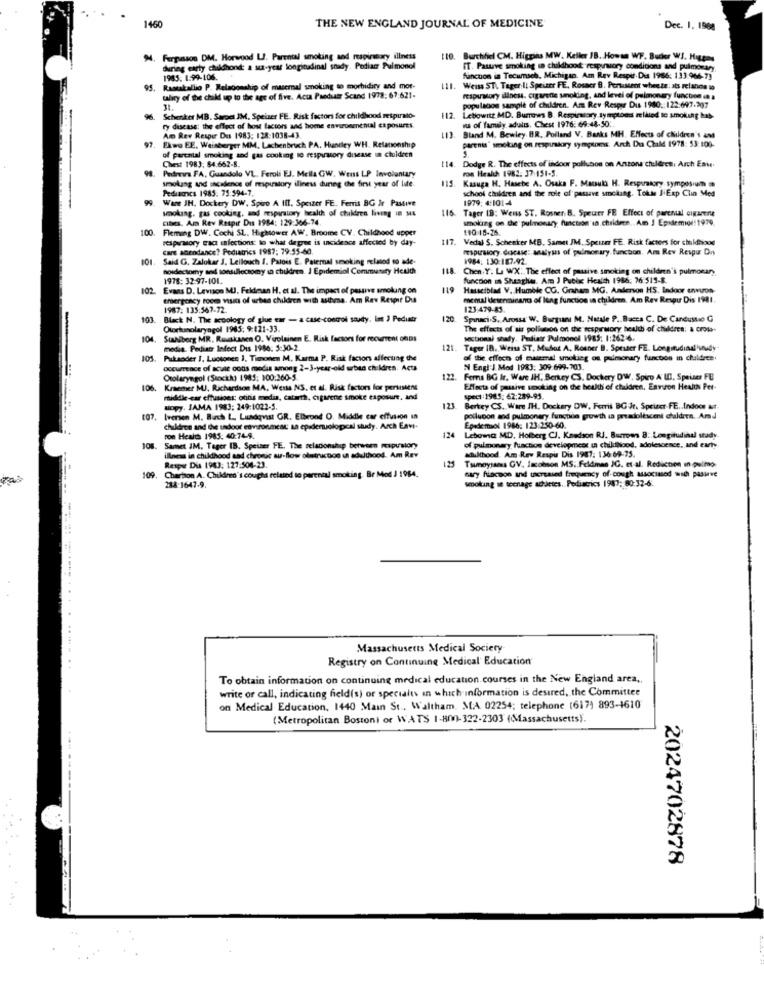
1460
THE NEW ENGLAND JOURNAL OF MEDICINE
Dec. 1. 1908
94. Ferpassos DM. Horwood LJ. Parental smoking and respiratory illness
110. Burchifiel CM. Higgins MW. Keller IB. Howsa WF. Bucher WJ. Hispas
during early childhood: a su-year longinalinal snady. Pediatr Pulmonol
IT. Pastve smoking in childhood responsory conditions and pulmonary
1985: 1.99-106.
funcuon in Tecumach, Michigan. Am Rev Respir. Dis 1986: 133:966-73
95.
Rastakallio P. Relacionship of masemal smoking to morbidiry and mor-
111.
Weiss ST. Tagerili Speiser FE, Rosacr B. Pertussent wheute: ats relanon io
talicy of the child up to the age of five. Acta Paedutr Scand 1978: 61:621-
rapıralory illness. cigarette smoking, and levei of pulmonary function en a
populacon sample of children. Am Rev Resper Dus 1980 .: 122:697.2007
Schenker MB. SarDel IM. Speizer FE. Risk factors for childhood respiralo-
112.
Lebowitz MD. Burrows B. Respiratory symptoms related to smoking has
na of family adults. Chest 1976: 69:48-501.
ry disease: the effect of how factors and home environmental exposures.
97.
Am Rev Respir Du 1983: 128:1038-43.
Bland M. Bewley. BR. Poiland V. Banks MH. Effects of children's and
parents' smoking on respumakory symptoms. Arch Du Chald 1978: 53:100-
Exwo EE. Weinberger MM, Lachenbruch PA. Hundley WH. Retanonship
of parental smoking and gas cooking to respiratory disease in chuldren
Chest 1983, 84.662-8.
114.
Pedreira FA, Guandolo VL. Feroli EJ. Mella GW. Weiss LP Involuntary
Dodge R. The effects of indoor pollubon on Anzona children: Arch Eau.
ron Health 1982. 37:151-5
115. Kasuga H. Hasebe A. Osaka F. Macul H. Respiratory symposium
smoking and scalenos of respiratory iliness during the first year of life.
Pediaccs 1985. 75:594-7.
school children and the role of passve smoking. Tokte JiExp Clin Med
Wane JH. Dockery DW. Spero A Il1. Speizer FE. Ferris BG Ir Passive
1979; 4:101-4
smoking. gas cooking, and respiratory health of chuldres living in M&
115. Tager IB: Wens ST. Rosner B. Speutr FB Effect of parcnul cigarerue
CIDes. Am Rev Respir Dus 1984: 129:366-74.
smoking on the pulmonary function'sa.children .. Am I Epidemioi!1970
100
Fleming DW, Cochi SL. Hightower AW. Broome CV. Childhood upper
respiratory caca infections: to what degree is uscidence affected by day-
117. Vedal S. Schenker MB, Samet JM. Speuter FE. Risk factors for childhood
Cant anendance? Pediatrics 1987; 79:55-60.
respiratory ducase: analysis of pulmonary. function. Am Rey Respur Dry
Said G. Zalokar J. Lellouch 1. Patois E. Paiemal smoking relasod so ade-
1984: 130:187-92.
nosdecsomy and tonsillectomy in children. J Epidemiol Community Health
118.
Chen Y. La WX: The effect of passive smoking on children's pulmonary
1978: 32:97-101.
function ( Shaaghu. Am J Public Health 1966: 76 511-8.
102
Evans D. Levison MJ. Feldman H. et al. The impact of passive smolung on
119
Hasselblad V. Humide CG. Graham MG. Anderson HS, Indoor enviros-
troergency roce visits of urban children with asthma. Am Rey Respir Du
mental deserminants of lung function in children. Am Rey Respu Dis 1981.
1987: 135.567.72.
123:479-83.
103
Black N. The scoology of glue ear - a case-control soudty. ist ) Pediatr
120
Spinaci.S. Arossa W. Burguanı M. Natale 9 .. Bacca C. De Candusuio G
Otorinolaryagol 1985: 9:121-33.
The effects of air pollution on the mespirwory health of children: a cross-
104
Staniberg MR. Rauskanen O. Virolainen E. Risk factors for recurent ofDs
sectional shady. Polisor Pulmonol 1985; 1:262-6.
media. Pediatr Infect Dis 1980: 5-30-2.
121. Tager IB. Weiss ST, Mudos A. Rosner B. Spruter FE. Longitudinal 'unudy-
105.
Pukaoder 1. Luctonen 3, Timonen M, Karma P. Risk factors affecting the
of the effects of maternal smoltieg os pulmonary function in chaldrte.
occurrence of scuse cotis medis among 2-3-year-old urban children. Acts
N Engl J. Mod 1983: 309:699-703.
Otolaryngol (Stockk) 1985: 100:260-5
122.
Ferns BG Ir, Ware IH, Berkey CS. Dockery DW, Spiro A UI, Speises FB
106
Kremer MJ. Richardson MA, Wessa NS. et al. Risk factors for persistens
Effects of passive smoking on the health of children. Environ Health Per-
middle car effusions: otitis media, catarth, cigarene smoke exposure, and
speci:1985: 62:289-93.
siopy. JAMA 1983: 249:1022-5.
121
Bertey CS. Ware IH. Dockery DW, Ferrii BG Jr. Speler FE .. Indoor auf.
Iversen M. Birch L. Lundqvist GR. Elbrond O. Middle car effusion in
pollucon and pulmonary function growth sa preadolescent chualders. And
children and the indoor conronmest an epideruolopcal study. Arch Eavi-
Epidemol 1986: 123:250-60.
ron Health 1985: 40:74-9.
Lebowa MD. Holberg CJ. Knedson RJ. Burrows 8: Longitudinal study
108
Samet JM, Tager IB. Speiser FE. The seladonship between mespislory
of pulmonary function development in childhood, adolescence, and earty
illness in childhood sad chronic au-flow oletrucos un adulthood. Am Rey
Multhood. Am Rew Respir Dis 1987: 136 69-75.
Resper Dis 1983: 127:504-23.
Tumoysams GV. Jacobson MS. Feldmes IG. et al. Reduction in pulmo.
109
Chartion A. Children's coughs related to parental smoking. Br Mod J 1984.
mary flacson and uscreased frequency of cough associated with passive
smoking in teenage athletes. Pediatrics 1987: 80:32-6.
234-1647-9.
Massachusetts Medical Society
------------.
Registry on Continuing Medical Education
To obtain information on continuing medical education.courses in the New England area ..
write or call, indicating field(s) or specialts in which information is desired, the Committee
on Medical Education, 1440 Main St ., Waltham, MA 02254; telephone (617) 893-1610
(Metropolitan Bostoni or WATS 1-800-322-2303 (Massachusetts).
2024702878